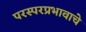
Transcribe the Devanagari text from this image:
परस्परप्रभावाचे